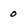
Character: 0